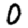
Digit: 0